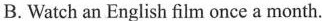
B.Watch an English film once a month.